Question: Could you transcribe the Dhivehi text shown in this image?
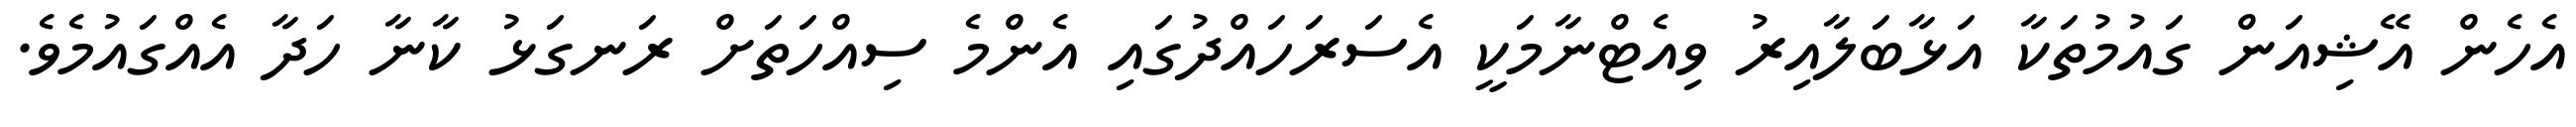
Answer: އެހެން އޭޝިއަން ގައުމުތަކާ އަޅާބަލާއިރު ވިއެޓްނާމަކީ އެސަރަހައްދުގައި އެންމެ ސިއްހަތަށް ރަނގަޅު ކާނާ ހަދާ އެއްގައުމެވެ.